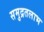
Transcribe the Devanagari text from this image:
समुद्रतलाभ